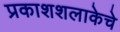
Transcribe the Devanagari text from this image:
प्रकाशशलाकेचे